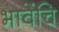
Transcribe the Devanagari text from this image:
भावेंचि